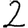
Digit: 2